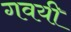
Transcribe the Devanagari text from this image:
गवयी